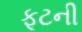
ફૂટની